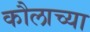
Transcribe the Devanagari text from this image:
कौलाच्या